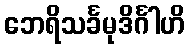
ဘေရိသင်္ခမုဒိင်္ဂါဟိ